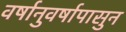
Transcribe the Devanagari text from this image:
वर्षानुवर्षापासुन